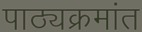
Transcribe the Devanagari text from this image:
पाठ्यक्रमांत